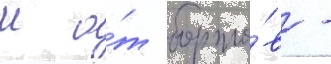
м о́т борто́в -